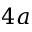
4 a